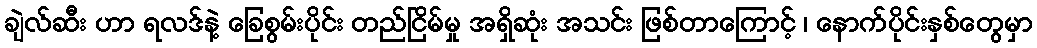
ချဲလ်ဆီး ဟာ ရလဒ်နဲ့ ခြေစွမ်းပိုင်း တည်ငြိမ်မှု အရှိဆုံး အသင်း ဖြစ်တာကြောင့် ၊ နောက်ပိုင်းနှစ်တွေမှာ